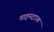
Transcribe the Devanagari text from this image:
वाइनट्राउब